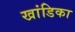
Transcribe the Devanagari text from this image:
खांडिका